Lunatic asylums Central Provinces reports 1895-1909 - 1895-1909
Year: 1895
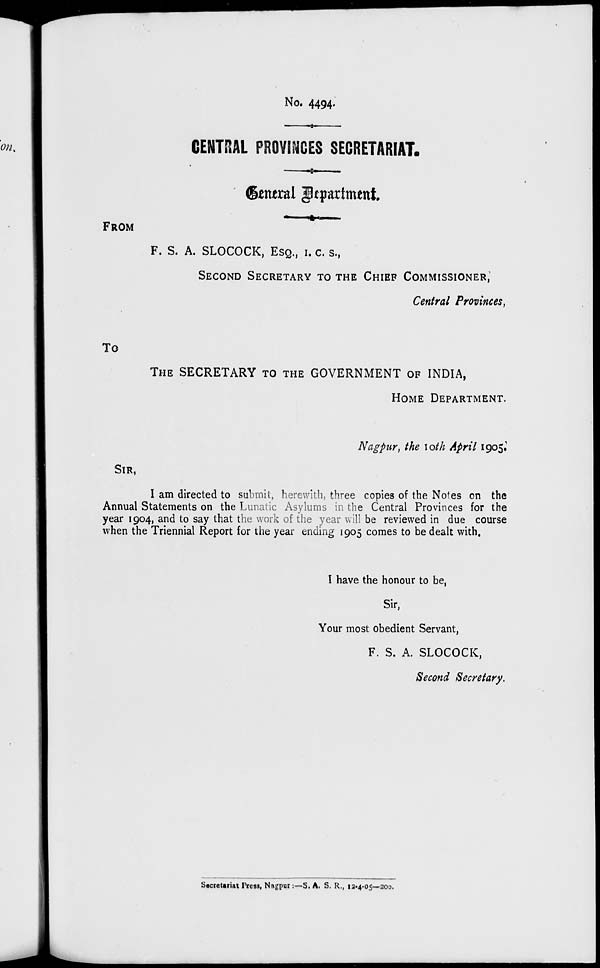
No. 4494.
CENTRAL PROVINCES SECRETARIAT.
General Department.
FROM
F. S. A. SLOCOCK, ESQ., I. C. S.,
SECOND SECRETARY TO THE CHIEF COMMISSIONER,
Central Provinces,
To
THE SECRETARY TO THE GOVERNMENT OF INDIA,
HOME DEPARTMENT.
Nagpur, the 10th April 1905.
SIR,
I am directed to submit, herewith, three copies of the Notes on the
Annual Statements on the Lunatic Asylums in the Central Provinces for the
year 1904, and to say that the work of the year will be reviewed in due course
when the Triennial Report for the year ending 1905 comes to be dealt with.
I have the honour to be,
Sir,
Your most obedient Servant,
F. S. A. SLOCOCK,
Second Secretary.
Secretariat Press, Nagpur:—S. A. S. R., 12-4-05—200.